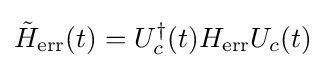
{\tilde {H}}_{\text{err}}(t)=U_{c}^{\dagger }(t)H_{\text{err}}U_{c}(t)